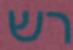
רש